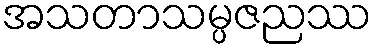
အသတာသမ္ပဇညဿ